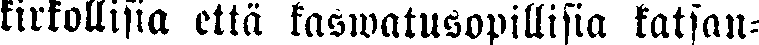
kirkollisia että kaswatusopillisia katsan-